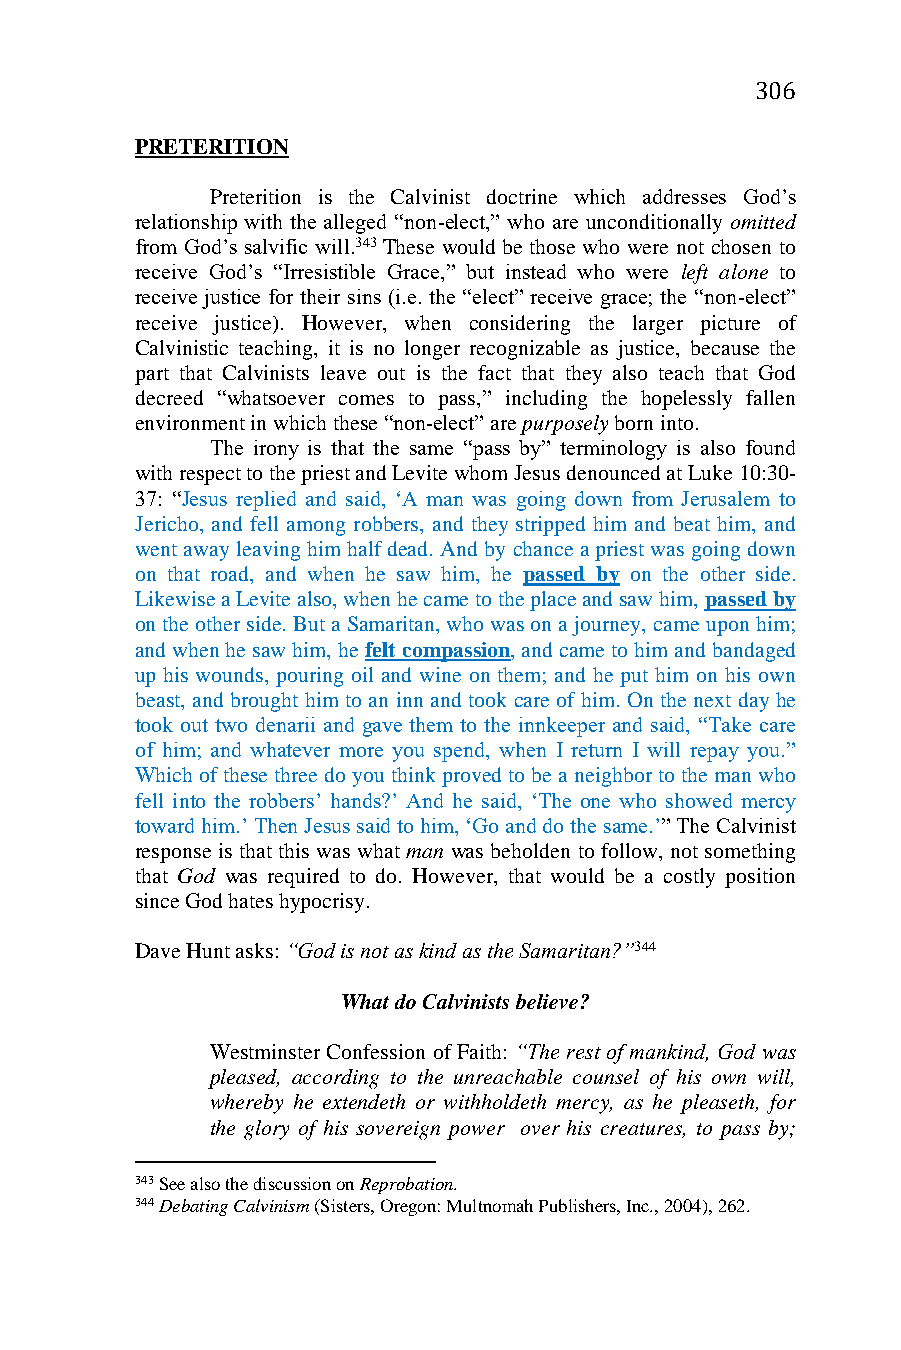
306
 PRETERITION
 Preterition is the Calvinist doctrine which addresses God’s
 relationship with the alleged “non-elect,” who are unconditionally omitted
 from God’s salvific will.343 These would be those who were not chosen to
 receive God’s “Irresistible Grace,” but instead who were left alone to
 receive justice for their sins (i.e. the “elect” receive grace; the “non-elect”
 receive justice). However, when considering the larger picture of
 Calvinistic teaching, it is no longer recognizable as justice, because the
 part that Calvinists leave out is the fact that they also teach that God
 decreed “whatsoever comes to pass,” including the hopelessly fallen
 environment in which these “non-elect” are purposely born into.
 The irony is that the same “pass by” terminology is also found
 with respect to the priest and Levite whom Jesus denounced at Luke 10:30-
 37: “Jesus replied and said, ‘A man was going down from Jerusalem to
 Jericho, and fell among robbers, and they stripped him and beat him, and
 went away leaving him half dead. And by chance a priest was going down
 on that road, and when he saw him, he passed by on the other side.
 Likewise a Levite also, when he came to the place and saw him, passed by
 on the other side. But a Samaritan, who was on a journey, came upon him;
 and when he saw him, he felt compassion, and came to him and bandaged
 up his wounds, pouring oil and wine on them; and he put him on his own
 beast, and brought him to an inn and took care of him. On the next day he
 took out two denarii and gave them to the innkeeper and said, “Take care
 of him; and whatever more you spend, when I return I will repay you.”
 Which of these three do you think proved to be a neighbor to the man who
 fell into the robbers’ hands?’ And he said, ‘The one who showed mercy
 toward him.’ Then Jesus said to him, ‘Go and do the same.’” The Calvinist
 response is that this was what man was beholden to follow, not something
 that God was required to do. However, that would be a costly position
 since God hates hypocrisy.
 Dave Hunt asks: “God is not as kind as the Samaritan?”344
 What do Calvinists believe?
 Westminster Confession of Faith: “The rest of mankind, God was
 pleased, according to the unreachable counsel of his own will,
 whereby he extendeth or withholdeth mercy, as he pleaseth, for
 the glory of his sovereign power over his creatures, to pass by;
 343 See also the discussion on Reprobation.
 344 Debating Calvinism (Sisters, Oregon: Multnomah Publishers, Inc., 2004), 262.